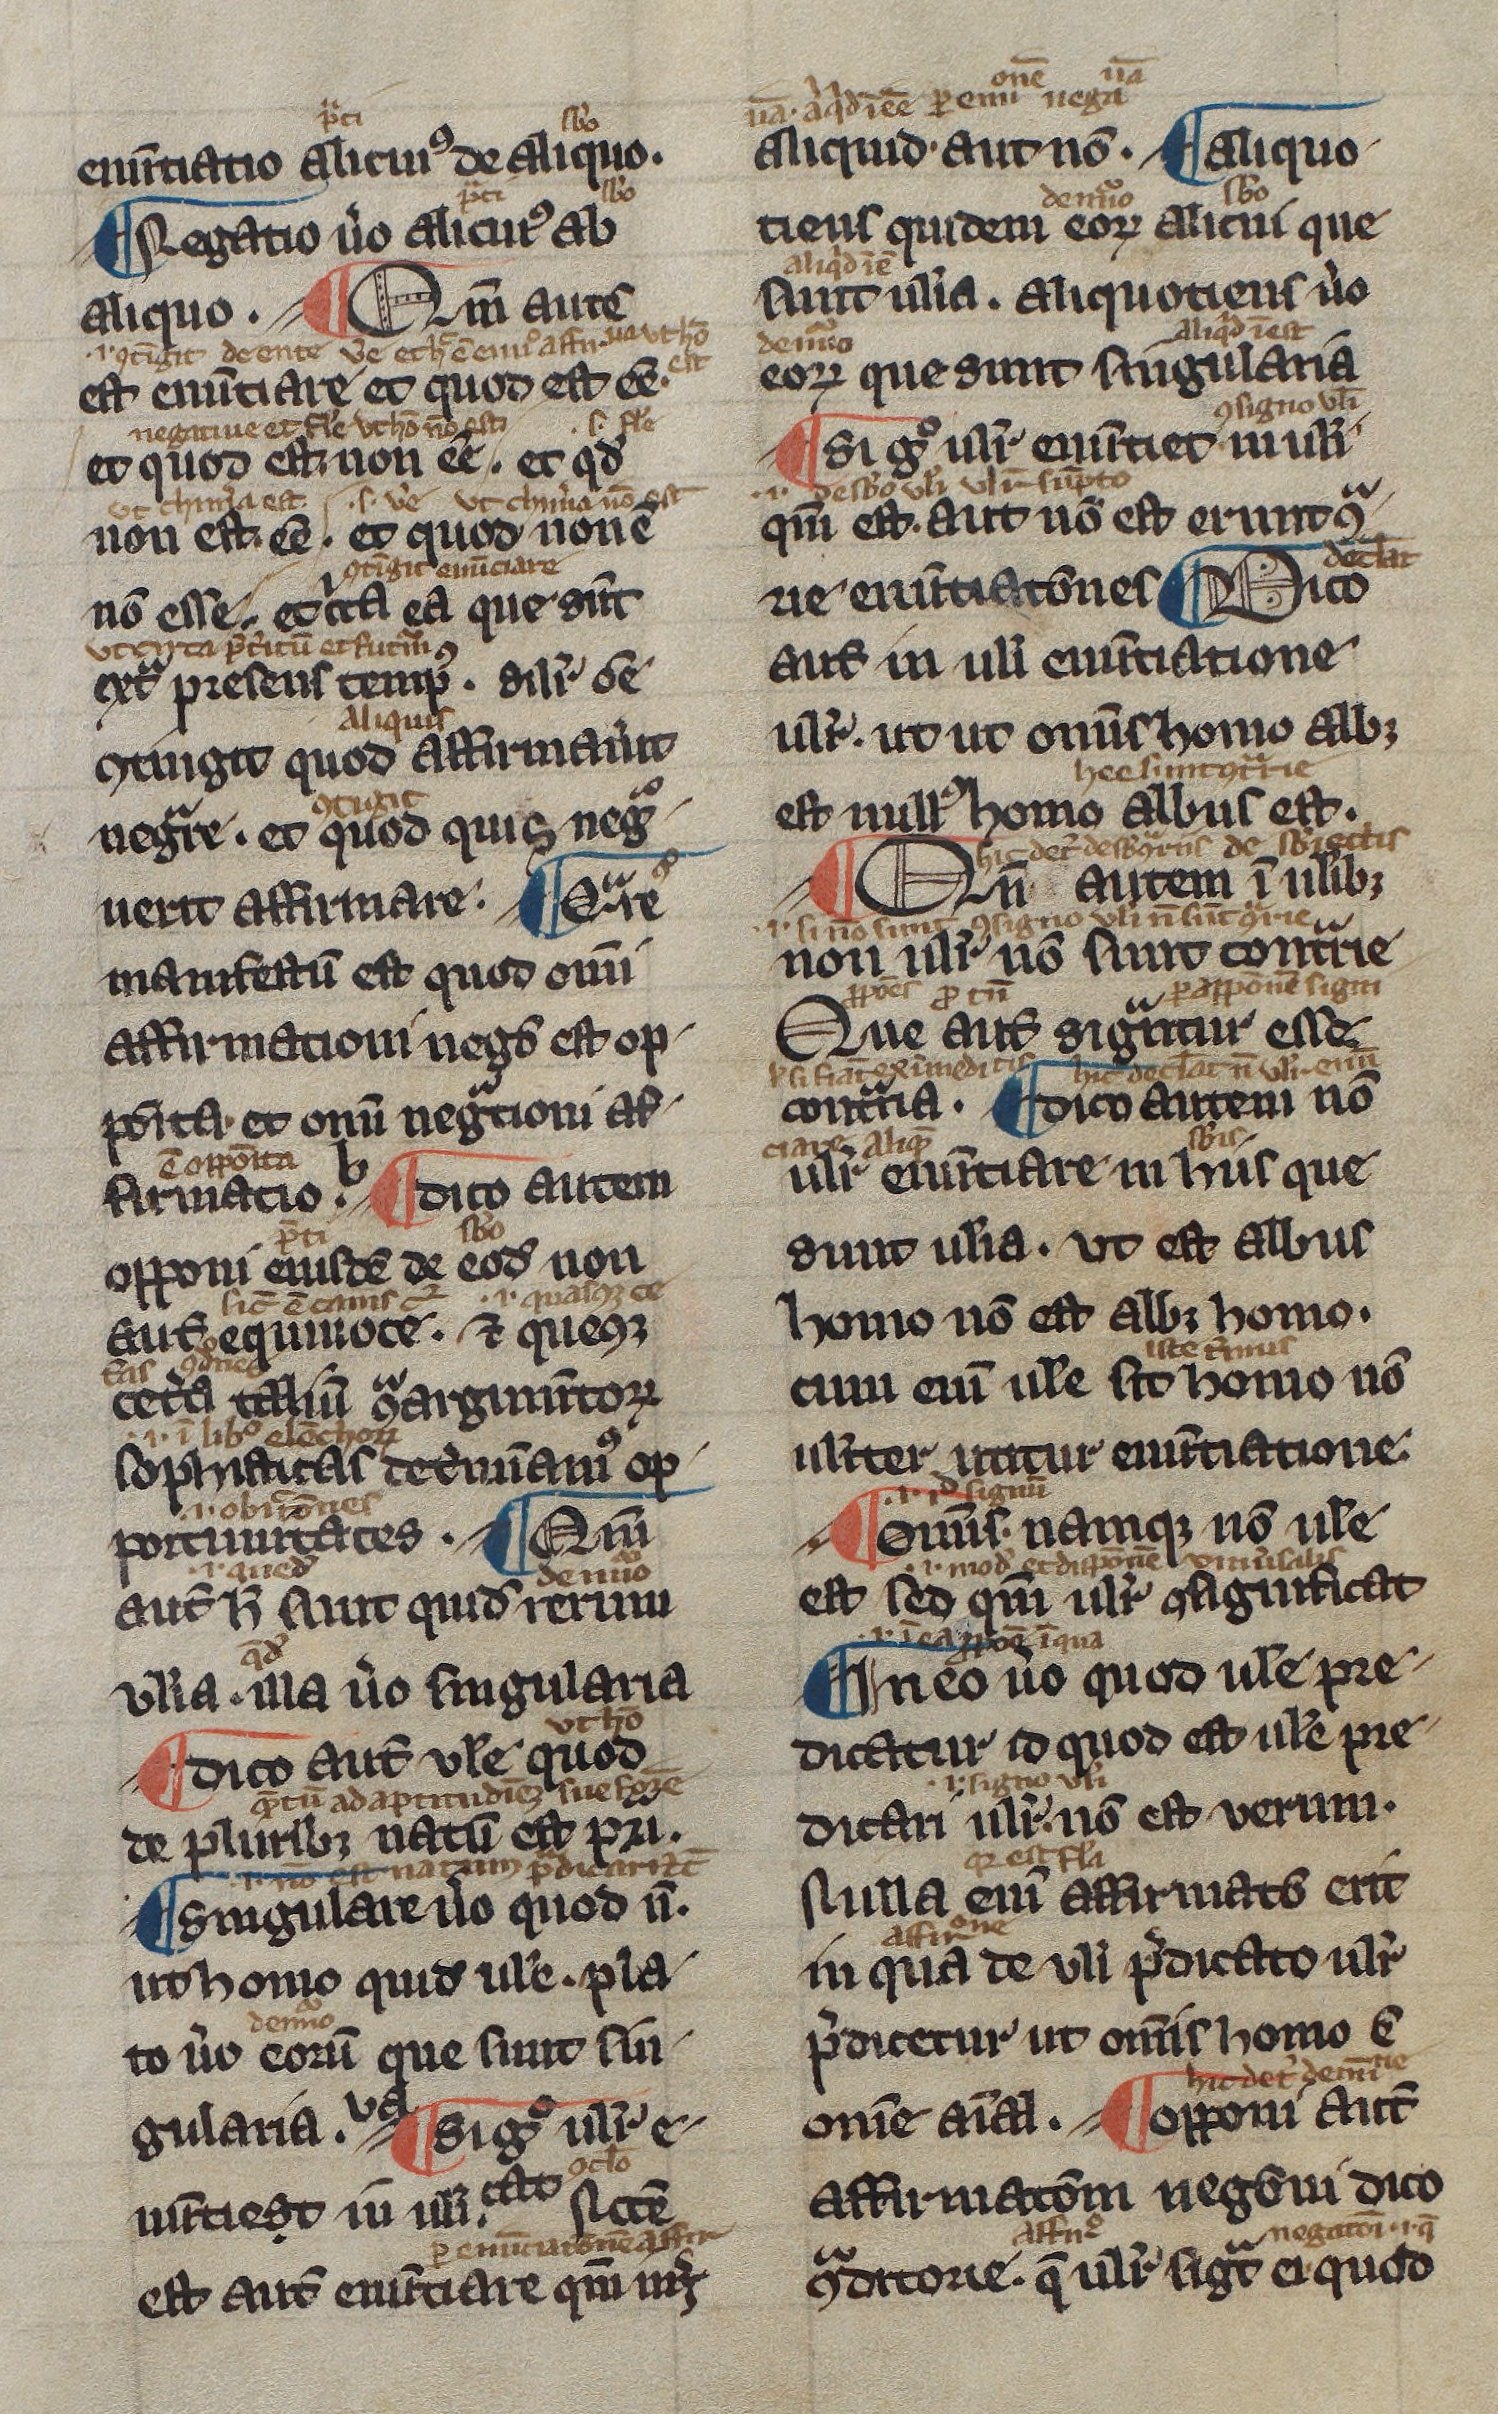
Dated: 1300–1330